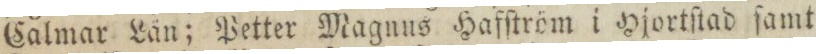
Calmar Lån; Petter Magnus Hafſtröm i Hjortſtad ſamt